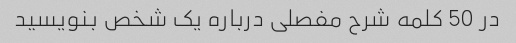
در 50 کلمه شرح مفصلی درباره یک شخص بنویسید